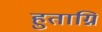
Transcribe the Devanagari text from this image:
हुताग्नि